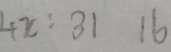
4 x : 3 1 1 6